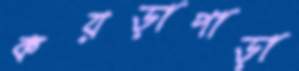
কয়ড়াপাড়া